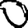
Digit: 0